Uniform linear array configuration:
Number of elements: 12
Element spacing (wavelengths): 0.25
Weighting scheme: binomial
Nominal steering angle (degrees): -15
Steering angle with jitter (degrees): -14.5
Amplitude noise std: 0.05
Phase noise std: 0.05

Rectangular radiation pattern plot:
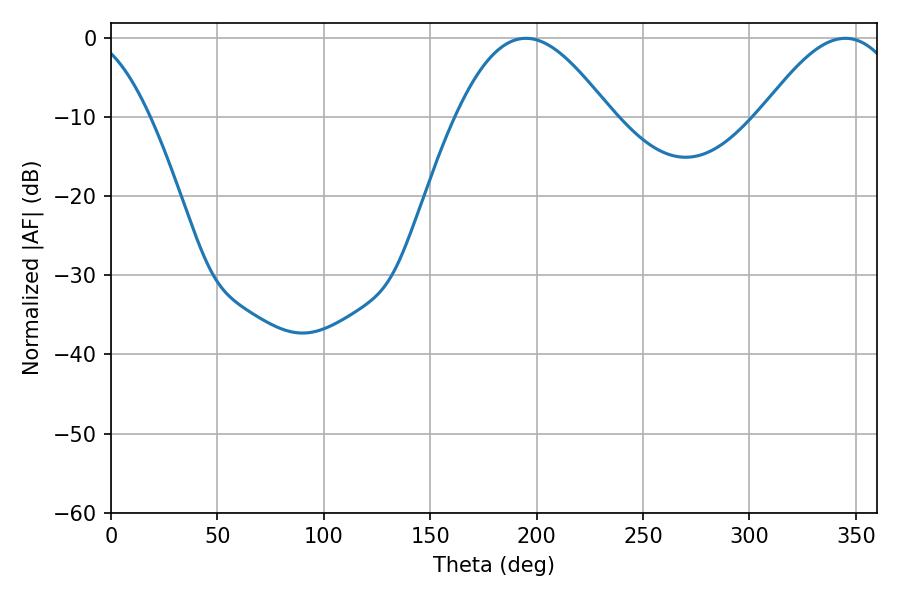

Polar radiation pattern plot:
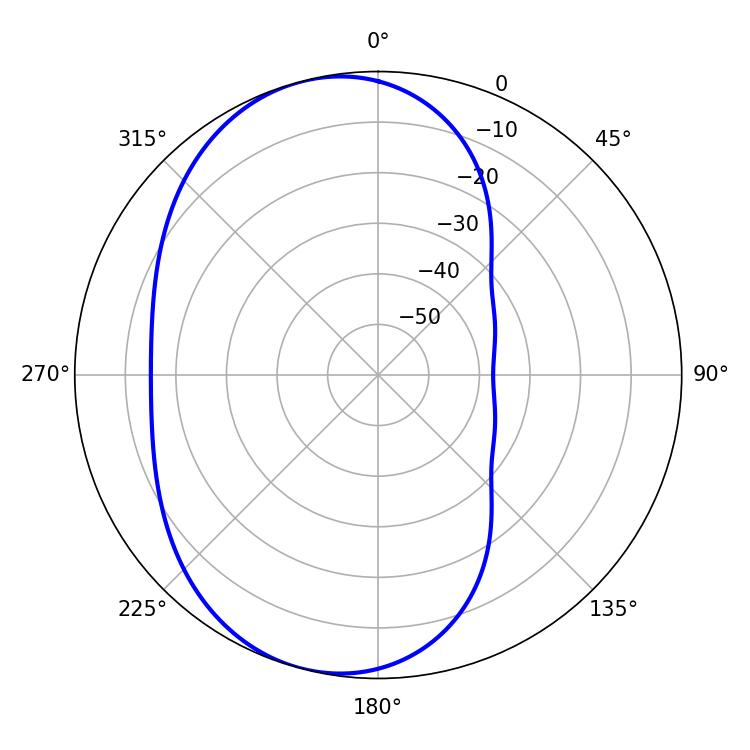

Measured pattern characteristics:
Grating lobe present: FALSE
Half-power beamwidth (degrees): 35.64
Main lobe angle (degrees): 345.06